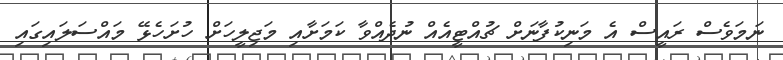
ނަމަވެސް ރައީސް އެ މަނިކުފާނަށް ޗުއްޓީއެއް ނުދެއްވާ ކަމަށާއި މަޖިލީހަށް ހުށަހެޅޭ މައްސަލައިގައި